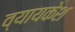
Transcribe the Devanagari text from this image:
व्यायकेश